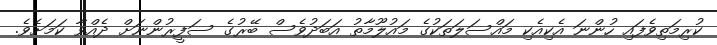
ކުރިމަތިވެފައި ހުންނަ އެކިއެކި މައްސަލަތަކުގެ މައުލޫމާތު އަބަދުވެސް ބޭރުގެ ސަފީރުންނަށް ދެއްވާ ކަމަށެވެ.